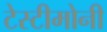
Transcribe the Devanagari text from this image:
टेस्टीमोनी